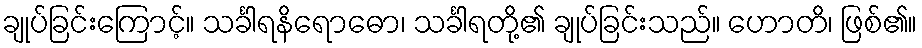
ချုပ်ခြင်းကြောင့်။ သင်္ခါရနိရောဓော၊ သင်္ခါရတို့၏ ချုပ်ခြင်းသည်။ ဟောတိ၊ ဖြစ်၏။